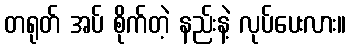
တရုတ် အပ် စိုက်တဲ့ နည်းနဲ့ လုပ်ပေးလား။